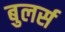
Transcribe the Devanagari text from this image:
बुलर्स